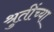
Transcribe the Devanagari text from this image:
श्रुतींच्या